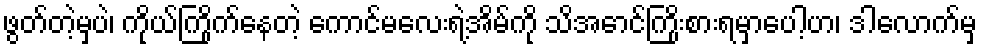
ဖွတ်တဲ့မှပဲ၊ ကိုယ်ကြိုက်နေတဲ့ ကောင်မလေးရဲ့အိမ်ကို သိအောင်ကြိုးစားရမှာပေါ့ဟ၊ ဒါလောက်မှ